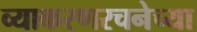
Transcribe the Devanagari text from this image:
व्याकरणरचनेच्या